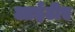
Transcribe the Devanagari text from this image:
आईटीए